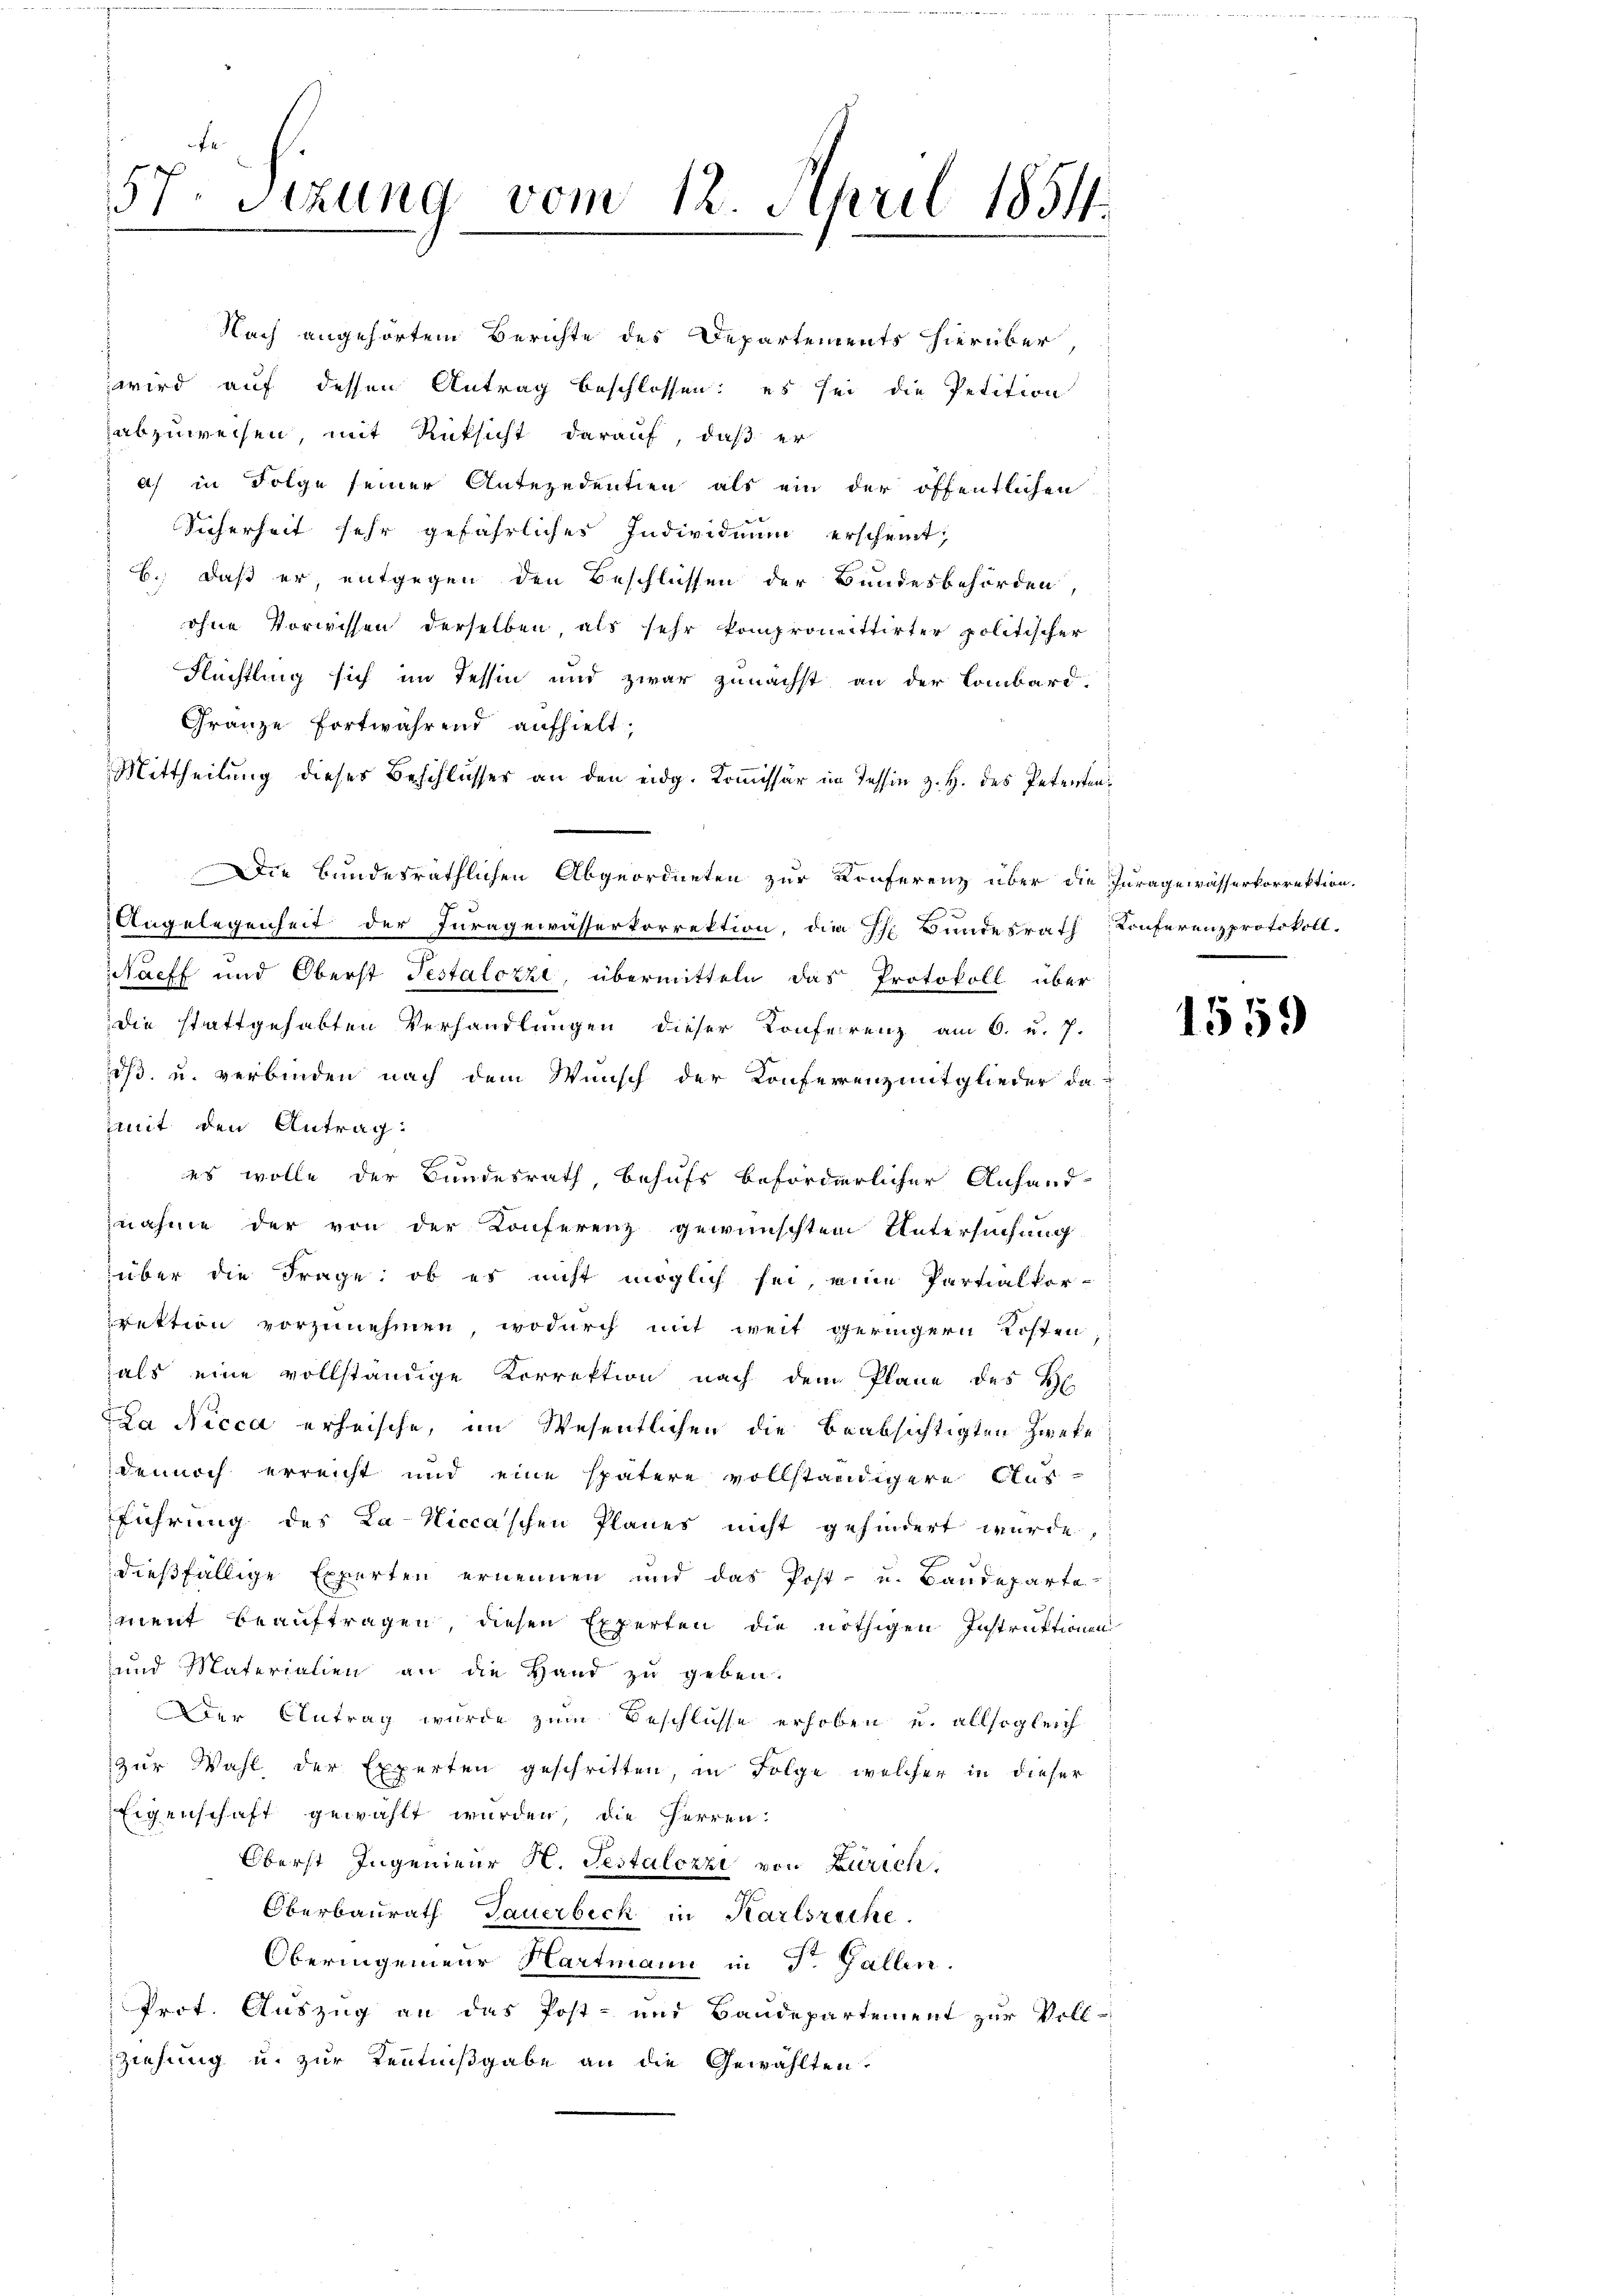
Nach angehörtem Berichte des Departements hierüber,
wird auf dessen Antrag beschlossen: es sei die Petition
abzuweisen, mit Rüksicht darauf, daß er
a) in Folge seiner Antezedentien als ein der öffentlichen
Sicherheit sehr gefährliches Individuum erscheint,
B., daß er, entgegen den Beschlüssen der Bundesbehörden,
ohne Vorwissen derselben, als sehr kompromittirter politischer
Flüchtling sich im Tessin und zwar zunächst an der Lombard.
Granze fortwährend aufhielt;
Mittheilung dieses Beschlusser an den eidg. Kommissär im Tessin z. H. des Petenten¬
Die Bundesräthlichen Abgeordneten zur Konferenz über die Juragewässerkorrektion.
Angelegenheit der Juragewässerkorrektion, die Ehe Bundesrath Konferenzprotokoll.
Staff und Oberst Testalozzi, übermitteln das Protokoll über
die stattgehabten Verhandlungen dieser Konferenz am 6. u. 7.
iß. u. verbinden nach dem Wunsch der Konferenz mitglieder damit den Antrag:
 es wolle der Bundesrath, behufs beforderlicher Anhand-
znahme der von der Konferenz gewünschtem Untersuchung
über die Frage: ob es nicht möglich sei, eine Partialkor-
rektion vorzunehmen, wodurch mit weit geringern Kosten,
als eine vollständige Korrektion nach dem Plane des H
Da Nicca erheische, im Wesentlichen die beabsichtigten Zweke
dennoch erreicht und eine spätere vollständigere Ausführung des Ka-Niccaschen Planes nicht gehindert wurde,
dießfällige Experten ernennen und das Post- u. Baudeparte
ment beauftragen, diesen Experten die nöthigen Instruktionen
und Materialien an die Hand zu geben.
Der Antrag wurde zum Beschlüsse erhoben u. allsogleich
zur Wahl der Experten geschritten, in Folge welcher in dieser
Eigenschaft gewählt wurden, die Herren:
Oberst Ingenieur H. Testalozzi von Zürich.
Oberbaurath Gauerbeck in Karlsreche.
Oberingenieur Hartmann in St. Gallen.
Prot. Auszug an das Post- und Baudepartement zur Voll¬
Ziehung u. zur Kenntnißgabe an die Gewählten.

57. Sitzung vom 12. April 1854.

1559